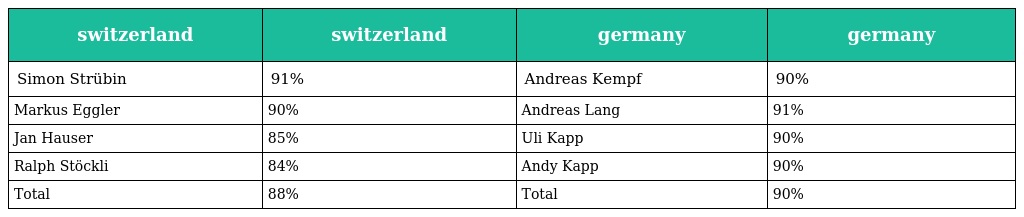
| switzerland | switzerland | germany | germany |
 | --- | --- | --- | --- |
 | Simon Strübin | 91% | Andreas Kempf | 90% |
 | Markus Eggler | 90% | Andreas Lang | 91% |
 | Jan Hauser | 85% | Uli Kapp | 90% |
 | Ralph Stöckli | 84% | Andy Kapp | 90% |
 | Total | 88% | Total | 90% |